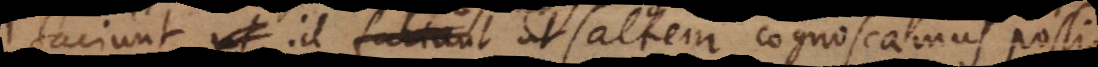
faciunt id praestant ut saltem cognoscamus possi